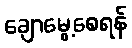
ချောမွေ့စေရန်